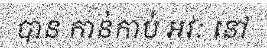
បាន កាន់កាប់ អវៈ នៅ